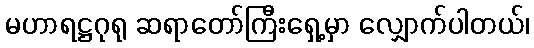
မဟာရဋ္ဌဂုရု ဆရာတော်ကြီးရှေ့မှာ လျှောက်ပါတယ်၊